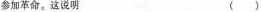
参加革命。这说明( )